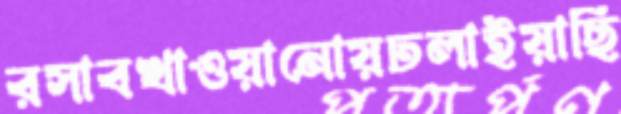
রসাবখাওয়ানোয়ঢলাইয়াছি